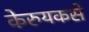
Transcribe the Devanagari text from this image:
केरुयकसे